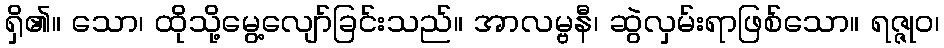
ရှိ၏။ သော၊ ထိုသို့မွေ့လျော်ခြင်းသည်။ အာလမ္ဗနီ၊ ဆွဲလှမ်းရာဖြစ်သော။ ရဇ္ဇုဝ၊